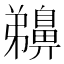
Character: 䶏